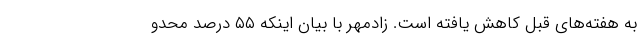
به هفته‌های قبل کاهش یافته است. زادمهر با بیان اینکه ۵۵ درصد محدو